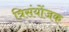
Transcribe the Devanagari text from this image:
त्रिसंयोंजक